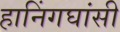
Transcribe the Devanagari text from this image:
हानिंगघांसी